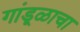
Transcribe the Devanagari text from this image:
गांडूळाचा